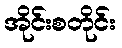
အိုင်းစတိုင်း